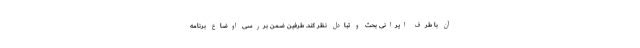
آن با طرف ایرانی بحث و تبادل نظر کند. طرفین ضمن بررسی اوضاع برنامه